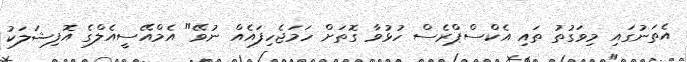
އެތަނުގައި މިވަގުތު ތައި އެކްސްޕްރެސް ހުޅުވާ ގޮތަށް ހަމަޖެހިފައެއް ނުވޭ" އެމްއޭސީއެލްގެ އޮފިޝަލަކު